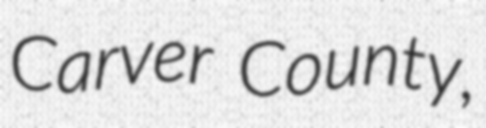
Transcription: Carver County,